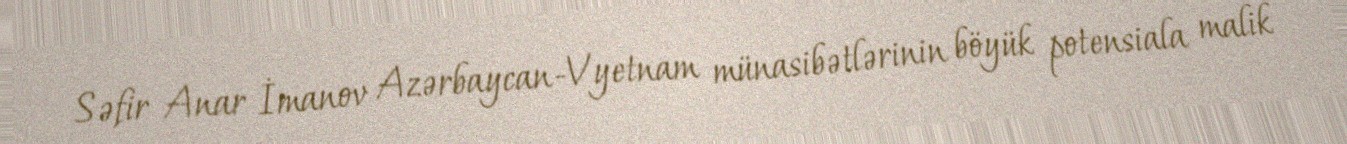
Səfir Anar İmanov Azərbaycan-Vyetnam münasibətlərinin böyük potensiala malik